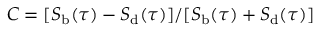
C = [ S _ { \mathrm { b } } ( \tau ) - S _ { \mathrm { d } } ( \tau ) ] / [ S _ { \mathrm { b } } ( \tau ) + S _ { \mathrm { d } } ( \tau ) ]